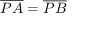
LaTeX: { \overline { { P A } } } = { \overline { { P B } } }